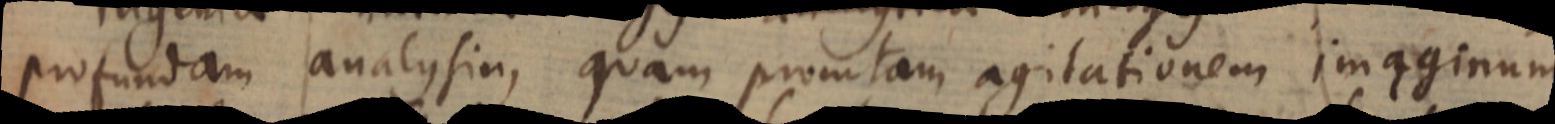
profundam analysin, quam promtam agitationem imaginum